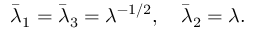
\begin{array} { r } { \bar { \lambda } _ { 1 } = \bar { \lambda } _ { 3 } = \lambda ^ { - 1 / 2 } , \quad \bar { \lambda } _ { 2 } = \lambda . } \end{array}